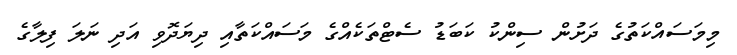
މިމަސައްކަތުގެ ދަށުން ސިންކު ކަބަޑު ސެޓްތަކެއްގެ މަސައްކަތާއި ދިޔަދޮވި އަދި ނަލަ ފިލާގެ